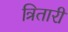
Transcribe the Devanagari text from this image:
त्रितारी